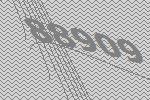
88909